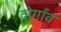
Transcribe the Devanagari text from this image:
दोगाँव